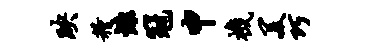
映粮慷冠申机美巧